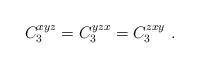
LaTeX: \begin{align*} C_3^{xyz} = C_3^{yzx} = C_3^{zxy} \ .\end{align*}